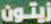
زيتون